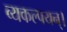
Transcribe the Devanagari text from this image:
व्यकल्पयन्।